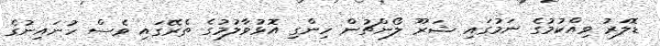
ޑޮލަރު ވިއްކުމުގެ ނަމުގައި ޝަރޫ ލޯންޗުން ހިންގި އޮޅުވާލުމުގެ ތެރޭގައި ވެސް ހުނައިނުގެ